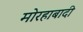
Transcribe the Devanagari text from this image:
मोरहाबादी